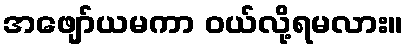
အဖျော်ယမကာ ဝယ်လို့ရမလား။